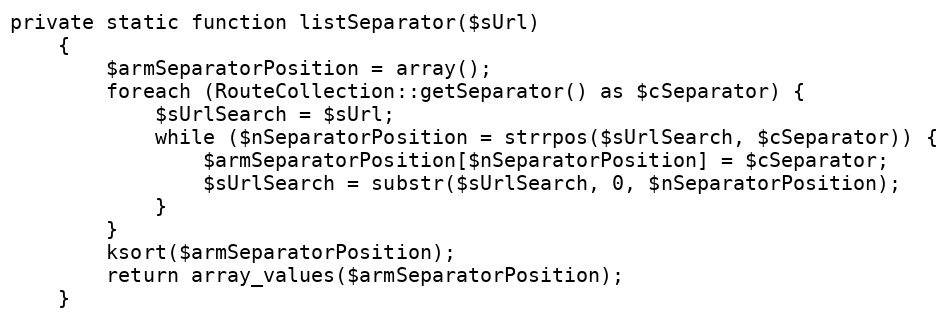
Language: PHP
private static function listSeparator($sUrl)
    {
        $armSeparatorPosition = array();
        foreach (RouteCollection::getSeparator() as $cSeparator) {
            $sUrlSearch = $sUrl;
            while ($nSeparatorPosition = strrpos($sUrlSearch, $cSeparator)) {
                $armSeparatorPosition[$nSeparatorPosition] = $cSeparator;
                $sUrlSearch = substr($sUrlSearch, 0, $nSeparatorPosition);
            }
        }
        ksort($armSeparatorPosition);
        return array_values($armSeparatorPosition);
    }